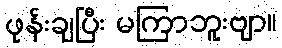
ဖုန်းချပြီး မကြာဘူးဗျာ။